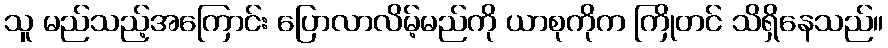
သူ မည်သည့်အကြောင်း ပြောလာလိမ့်မည်ကို ယာစုကိုက ကြိုတင် သိရှိနေသည်။